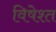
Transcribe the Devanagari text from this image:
विषेश्त